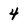
Character: 4